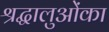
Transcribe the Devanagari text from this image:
श्रद्धालुओंका